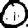
Digit: 0